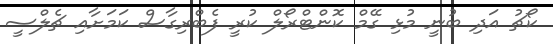
ކޯޗު އަދި ބުނީ މުޅި ގޭމް ކޮންޓްރޯލް ކުރީ ފެބްރިގާސް ކަމަށާއި ޗެލްސީ